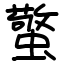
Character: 蟼